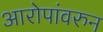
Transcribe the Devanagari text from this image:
आरोपांवरुन